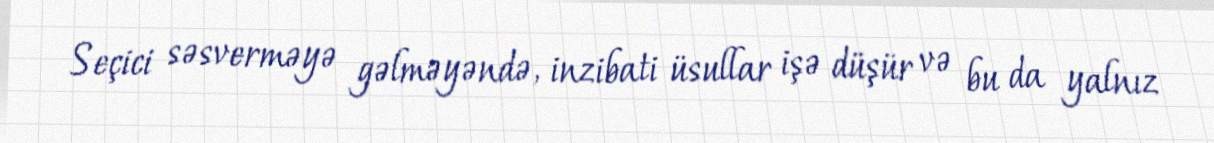
Seçici səsverməyə gəlməyəndə, inzibati üsullar işə düşür və bu da yalnız